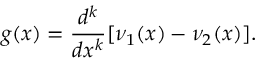
g ( x ) = \frac { d ^ { k } } { d x ^ { k } } [ \nu _ { 1 } ( x ) - \nu _ { 2 } ( x ) ] .